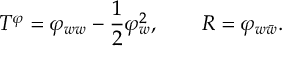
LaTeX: T ^ { \varphi } = \varphi _ { w w } - { \frac { 1 } { 2 } } \varphi _ { w } ^ { 2 } , \qquad R = \varphi _ { w \bar { w } } .